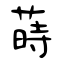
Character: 蒔